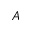
A